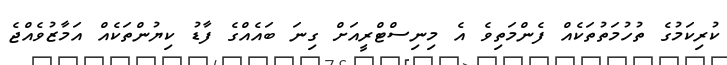
ކުރިކަމުގެ ތުހުމަތުތަކެއް ފެންމަތިވެ އެ މިނިސްޓްރީއަށް ގިނަ ބައެއްގެ ފާޑު ކިޔުންތަކެއް އަމާޒުވެއްޖެ